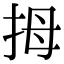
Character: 拇